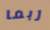
ربما